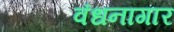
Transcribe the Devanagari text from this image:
वंधनागार